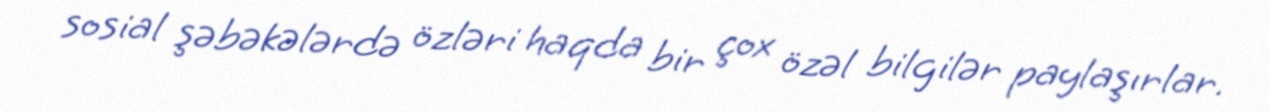
sosial şəbəkələrdə özləri haqda bir çox özəl bilgilər paylaşırlar.